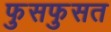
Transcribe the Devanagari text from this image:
फुसफुसत